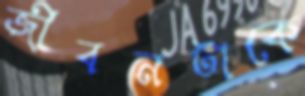
জীবনটাকে